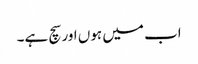
اب میں ہوں اور سچ ہے۔